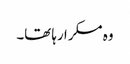
وہ مسکرا رہا تھا۔